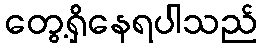
တွေ့ရှိနေရပါသည်